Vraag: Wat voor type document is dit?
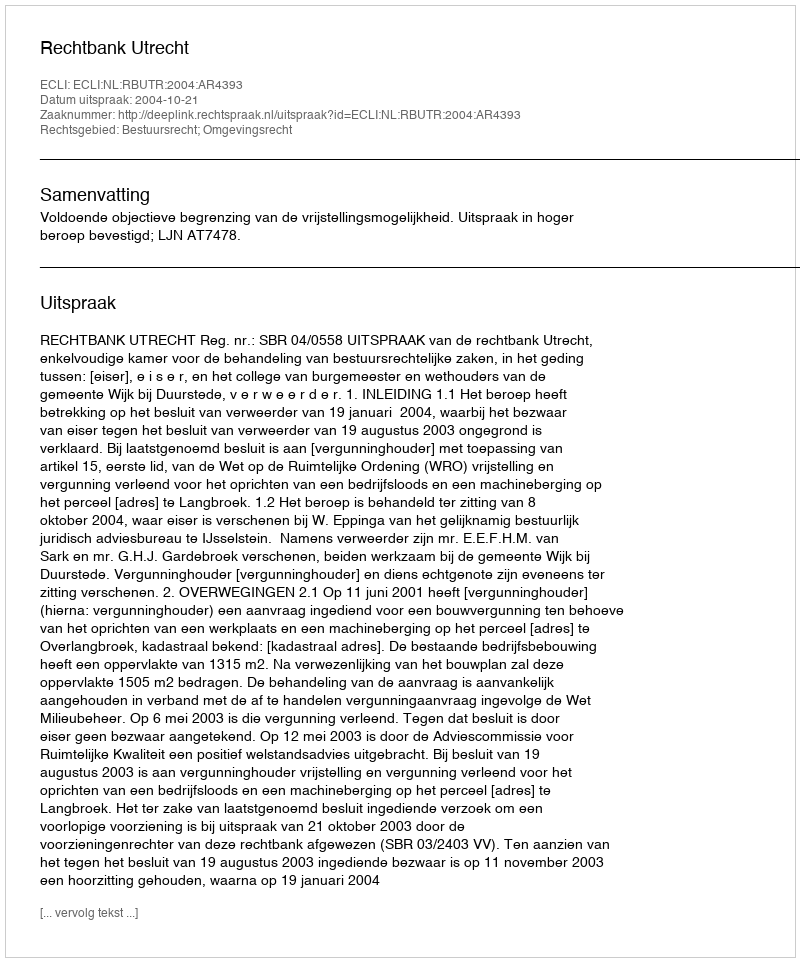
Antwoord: Uitspraak